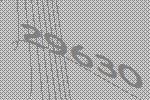
29630